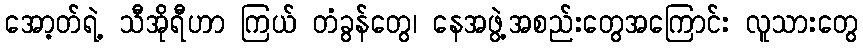
အော့တ်ရဲ့ သီအိုရီဟာ ကြယ် တံခွန်တွေ၊ နေအဖွဲ့အစည်းတွေအကြောင်း လူသားတွေ